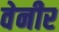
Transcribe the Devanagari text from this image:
वेनीर